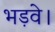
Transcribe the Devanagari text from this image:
भड़वे।